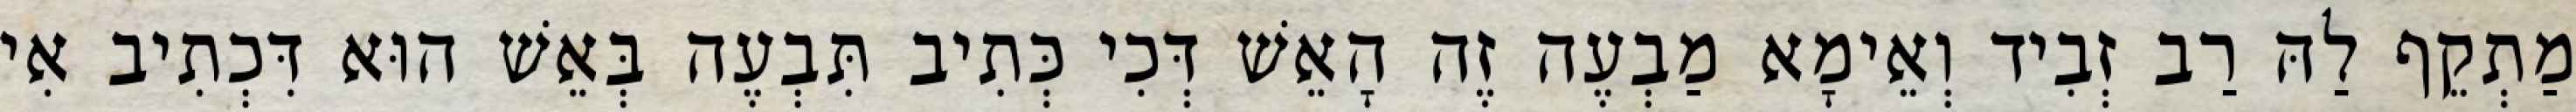
מַתְקֵף לַהּ רַב זְבִיד וְאֵימָא מַבְעֶה זֶה הָאֵשׁ דְּכִי כְּתִיב תִּבְעֶה בְּאֵשׁ הוּא דִּכְתִיב אִי